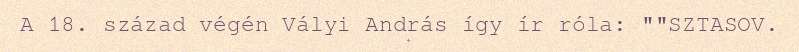
A 18. század végén Vályi András így ír róla: ""SZTASOV.